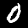
Label: 0